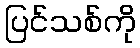
ပြင်သစ်ကို